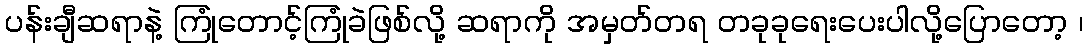
ပန်းချီဆရာနဲ့ ကြုံတောင့်ကြုံခဲဖြစ်လို့ ဆရာကို အမှတ်တရ တခုခုရေးပေးပါလို့ပြောတော့ ၊